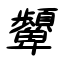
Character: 顰